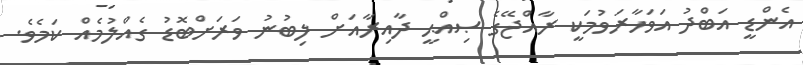
އެންޑީ އަބްދު އަވަހާރަވުމަކީ ރާއްޖޭގެ ޞިއްޙީ ދާއިރާއަށް ލިބުނު ވަރަށްބޮޑު ގެއްލުމެއް ކަމެވެ.